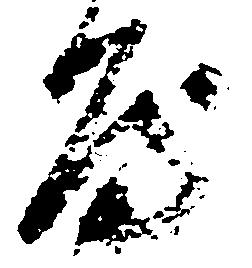
房